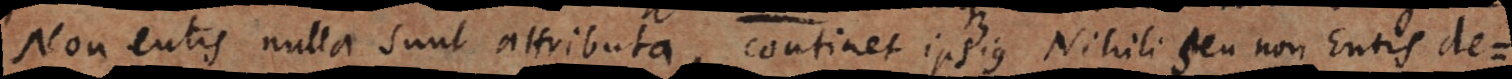
Non entis nulla sunt attributa, continet ipsius Nihili seu non Entis defi